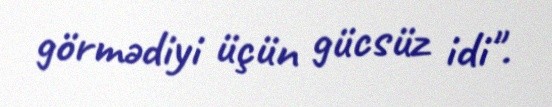
görmədiyi üçün gücsüz idi".